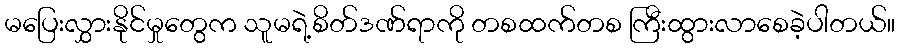
မပြေးလွှားနိုင်မှုတွေက သူမရဲ့စိတ်ဒဏ်ရာကို တစထက်တစ ကြီးထွားလာစေခဲ့ပါတယ်။